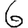
Digit: 6